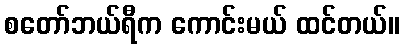
စတော်ဘယ်ရီက ကောင်းမယ် ထင်တယ်။